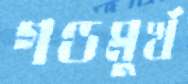
গণ্ডমুর্খ